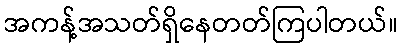
အကန့်အသတ်ရှိနေတတ်ကြပါတယ်။